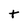
Character: t